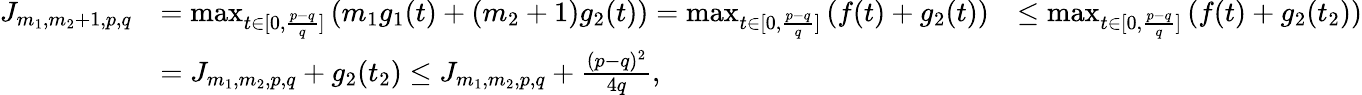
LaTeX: \begin{array}{rlr}{J_{m_{1},m_{2}+1,p,q}}&{=\operatorname*{max}_{t\in[0,\frac{p-q}{q}]}\left(m_{1}g_{1}(t)+(m_{2}+1)g_{2}(t)\right)=\operatorname*{max}_{t\in[0,\frac{p-q}{q}]}\left(f(t)+g_{2}(t)\right)}&{\leq\operatorname*{max}_{t\in[0,\frac{p-q}{q}]}\left(f(t)+g_{2}(t_{2})\right)}\\ &{=J_{m_{1},m_{2},p,q}+g_{2}(t_{2})\leq J_{m_{1},m_{2},p,q}+\frac{(p-q)^{2}}{4q},}\end{array}